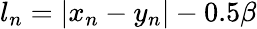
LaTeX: \begin{array}{r}{l_{n}=|x_{n}-y_{n}|-0.5\beta}\end{array}